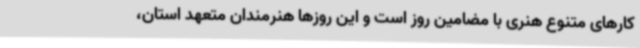
کارهای متنوع هنری با مضامین روز است و این روزها هنرمندان متعهد استان،